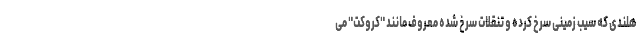
هلندی که سیب زمینی سرخ کرده و تنقلات سرخ شده معروف مانند "کروکت" می